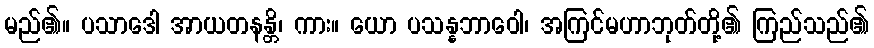
မည်၏။ ပသာဒေါ အာယတနန္တိ၊ ကား။ ယော ပသန္နဘာဝေါ၊ အကြင်မဟာဘုတ်တို့၏ ကြည်သည်၏